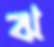
ঝ